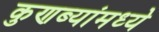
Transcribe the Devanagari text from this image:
कुणब्यांमध्ये